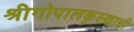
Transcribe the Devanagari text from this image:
श्रीगोपालकृस्णाची